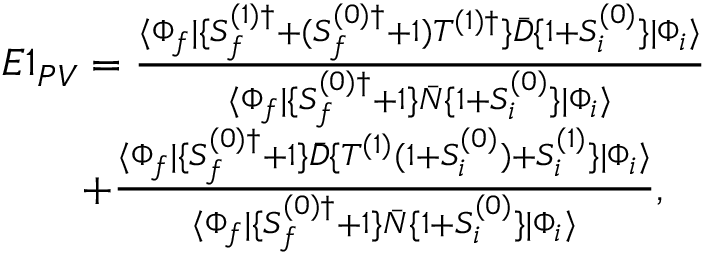
\begin{array} { r l r } { E 1 _ { P V } = \frac { \langle \Phi _ { f } | \{ S _ { f } ^ { ( 1 ) \dagger } + ( S _ { f } ^ { ( 0 ) \dagger } + 1 ) T ^ { ( 1 ) \dagger } \} \bar { D } \{ 1 + S _ { i } ^ { ( 0 ) } \} | \Phi _ { i } \rangle } { \langle \Phi _ { f } | \{ S _ { f } ^ { ( 0 ) \dagger } + 1 \} \bar { N } \{ 1 + S _ { i } ^ { ( 0 ) } \} | \Phi _ { i } \rangle } } & { { } } & { } \\ { + \frac { \langle \Phi _ { f } | \{ S _ { f } ^ { ( 0 ) \dagger } + 1 \} \bar { D } \{ T ^ { ( 1 ) } ( 1 + S _ { i } ^ { ( 0 ) } ) + S _ { i } ^ { ( 1 ) } \} | \Phi _ { i } \rangle } { \langle \Phi _ { f } | \{ S _ { f } ^ { ( 0 ) \dagger } + 1 \} \bar { N } \{ 1 + S _ { i } ^ { ( 0 ) } \} | \Phi _ { i } \rangle } , \ \ \ } & { { } } & { } \end{array}